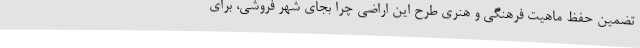
تضمین حفظ ماهیت فرهنگی و هنری طرح این اراضی چرا بجای شهر فروشی، برای